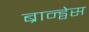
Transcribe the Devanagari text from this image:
ब्रान्ड्वेस